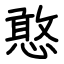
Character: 憨